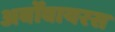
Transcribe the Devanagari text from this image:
अर्बोवायरस